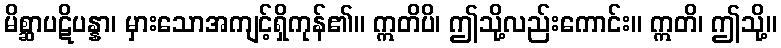
မိစ္ဆာပဋိပန္နာ၊ မှားသောအကျင့်ရှိကုန်၏။ ဣတိပိ၊ ဤသို့လည်းကောင်း။ ဣတိ၊ ဤသို့။